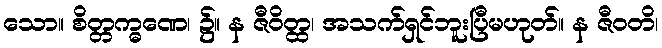
သော။ စိတ္တက္ဓဏေ၊ ၌။ န ဇီဝိတ္ထ၊ အသက်ရှင်ဘူးပြီမဟုတ်။ န ဇီဝတိ၊